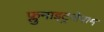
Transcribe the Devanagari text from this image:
फ्लुनाइट्रजेपाम